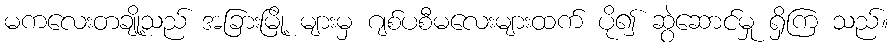
မကလေးတချို့သည် အခြားမြို့ များမှ ဂျစ်ပစီမလေးများထက် ပို၍ ဆွဲဆောင်မှု ရှိကြ သည်။